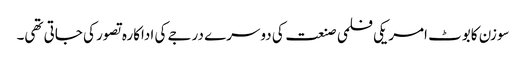
سوزن کابوٹ امریکی فلمی صنعت کی دوسرے درجے کی اداکارہ تصور کی جاتی تھی۔